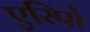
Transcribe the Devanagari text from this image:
एरिपो